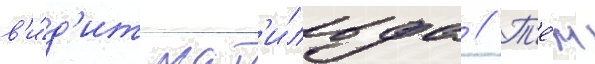
в'и́д'ит мат'и́льда // Т'е́м